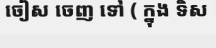
ចៀស ចេញ ទៅ ( ក្នុង ទិស